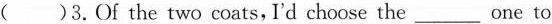
( )3.Of the tow coats,I'd choose the ___ one to